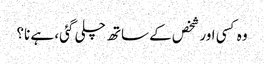
وہ کسی اور شخص کے ساتھ چلی گئی، ہے نا؟